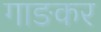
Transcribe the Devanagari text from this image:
गाङकर